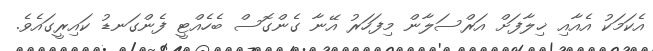
އެކަމަކު އެއާއި ޚިލާފަށް އަރްސަލާން މިފަހަރު އޭނާ ގެންގޮސް ބެހެއްޓީ ފެންގަނޑު ކައިރީގައެވެ.